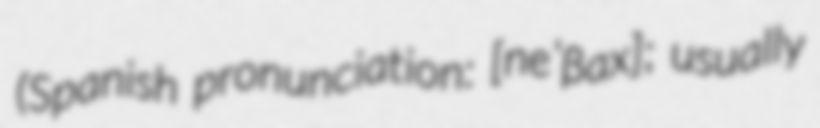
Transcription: (Spanish pronunciation: [neˈβax]; usually